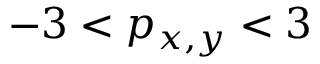
- 3 < p _ { x , y } < 3